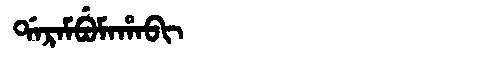
Manchu: ᡩᠠᡵᠠᠮᠪᡠᠮᠠᡥᠠᠪᡳ
Romanization: DARAMBUMAHABI